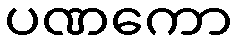
ပဏကော